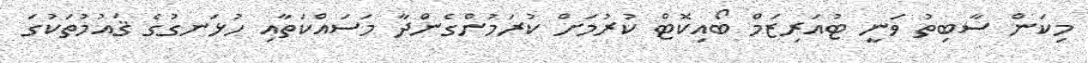
މިކަން ސާބިތު ވަނީ ޓުއަރިޒަމް ބޯއިކޮޓް ކުރުމަށް ކުރަމުންގެންދާ މަސައްކަތާއި ހުޅަނގުގެ ޤައުމުތަކުގަ